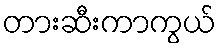
တားဆီးကာကွယ်